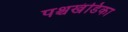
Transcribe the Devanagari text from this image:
पश्चखंडिका